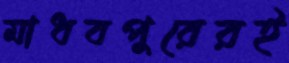
মাধবপুরেরই